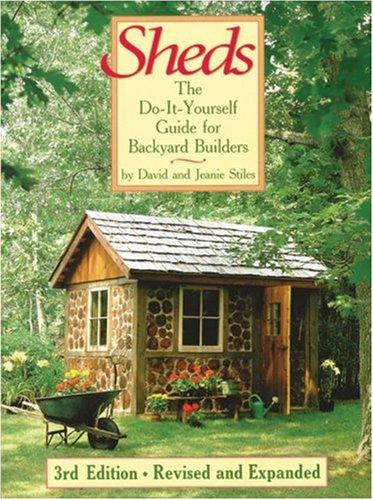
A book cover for Sheds: The Do-It-Yourself Guide for Backyard Builders; David Stiles; Crafts, Hobbies & Home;